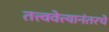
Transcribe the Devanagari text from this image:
तत्त्ववेत्त्यानंतरचे